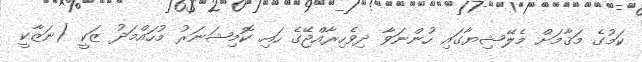
ކަމުގެ މަޤާމަށް މެލޭޝިޔާގައި ހުންނަވާ ދިވެހިރާއްޖޭގެ ހައި ކޮމިޝަނަރު މުހައްމަދު ޒަކީ (ނަޒާކީ